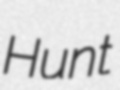
Hunt